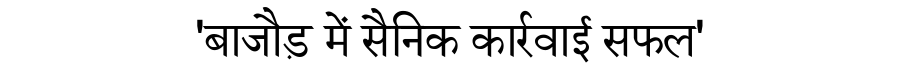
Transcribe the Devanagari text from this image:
'बाजौड़ में सैनिक कार्रवाई सफल'